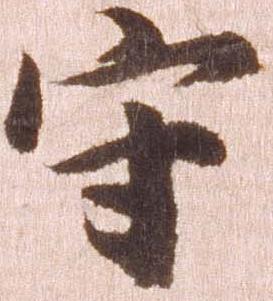
守